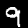
Label: 9